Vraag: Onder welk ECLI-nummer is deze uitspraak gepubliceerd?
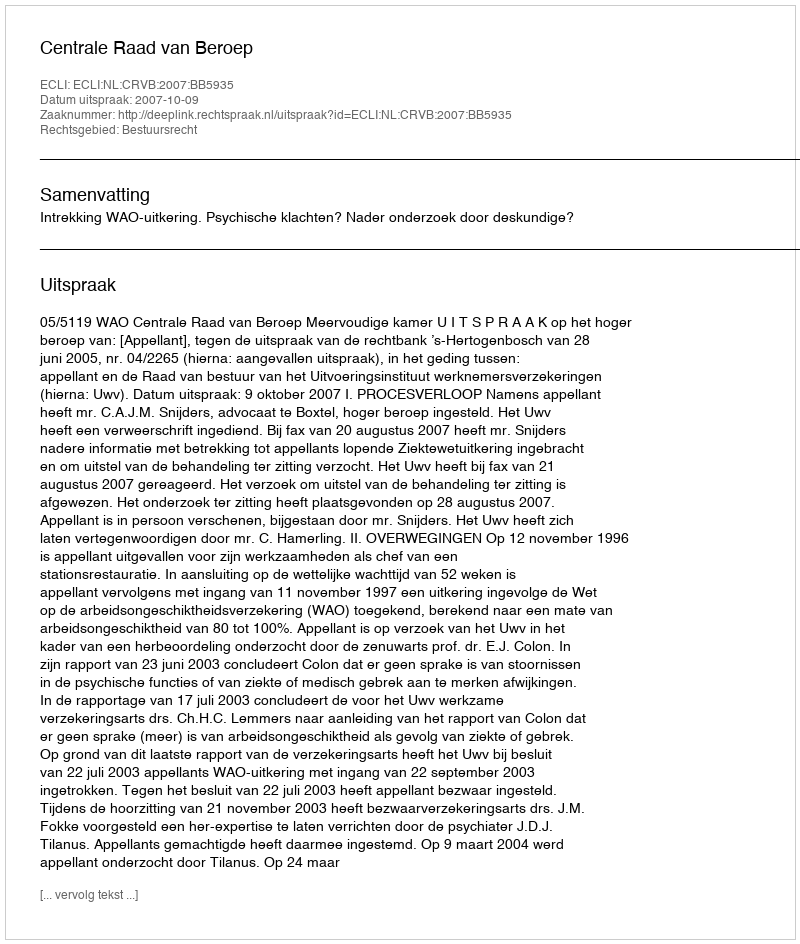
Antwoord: ECLI:NL:CRVB:2007:BB5935